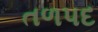
તળપદ